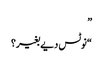
”
“نوٹس دیے بغیر؟